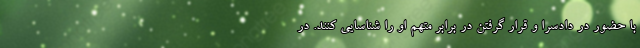
با حضور در دادسرا و قرار گرفتن در برابر متهم او را شناسایی کنند. در